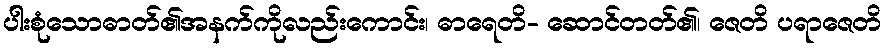
ပါးစုံသောဓာတ်၏အနက်ကိုလည်းကောင်း၊ ဓာရေတိ- ဆောင်တတ်၏၊ ဇေတိ ပရာဇေတိ